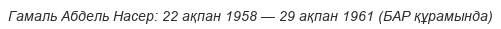
Гамаль Абдель Насер: 22 ақпан 1958 — 29 ақпан 1961 (БАР құрамында)